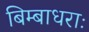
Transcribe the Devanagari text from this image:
बिम्बाधराः